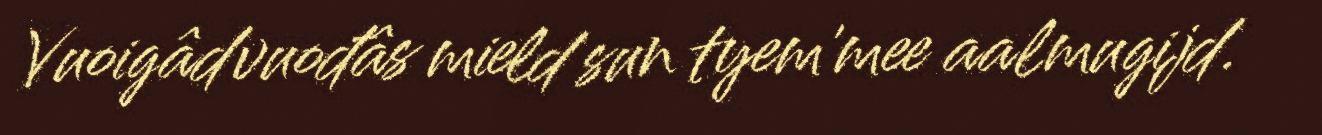
Vuoigâdvuođâs mield sun tyem'mee aalmugijd.